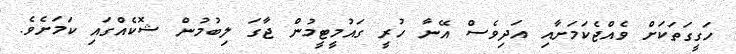
ހަގީގަތަކަށް ވެއްޖެކަމަށާއި އަދިވެސް އޭނާ ހުރީ ގައުމީޓީމުން ޖާގަ ލިބުމުން ޝޮކެއްގައި ކަމަށެވެ.